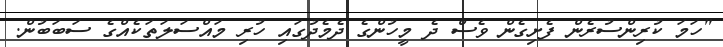
"ހަމަ ކުރިންސުރެން ފެށިގެން ވެސް ދެ މީހުންގެ ދެމެދުގައި ހުރި މައްސަލަތަކެއްގެ ސަބަބުން.